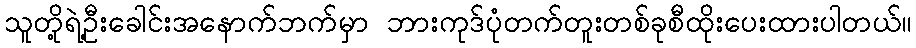
သူတို့ရဲ့ဦးခေါင်းအနောက်ဘက်မှာ ဘားကုဒ်ပုံတက်တူးတစ်ခုစီထိုးပေးထားပါတယ်။